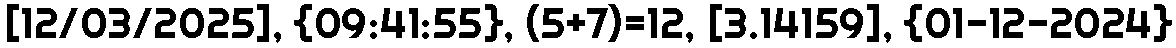
[12/03/2025], {09:41:55}, (5+7)=12, [3.14159], {01-12-2024}